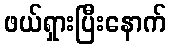
ဖယ်ရှားပြီးနောက်